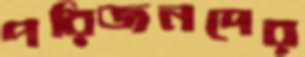
পরিজনদের